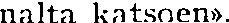
nalta katsoen».